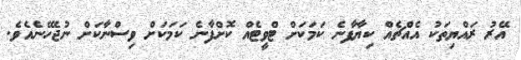
އޭރު ރައްޔިތަކު އެއްޗެއް ކިޔާފާނެ ކަމަކަށް ޓްވީޓެއް ކޮށްފާނެ ކަމަކަށް ވިސްނާކަށް ނުޖެހޭނެއެވެ.